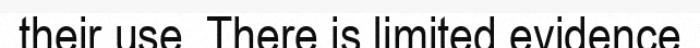
their use. There is limited evidence